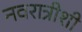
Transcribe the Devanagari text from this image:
नवरात्रीशी